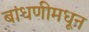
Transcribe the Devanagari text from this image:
बांधणीमधून